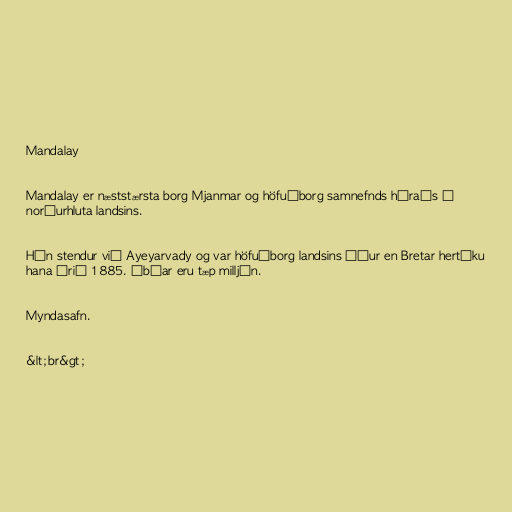
Mandalay

Mandalay er næststærsta borg Mjanmar og höfuðborg samnefnds héraðs í
norðurhluta landsins.

Hún stendur við Ayeyarvady og var höfuðborg landsins áður en Bretar hertóku
hana árið 1885. Íbúar eru tæp milljón.

Myndasafn.

&lt;br&gt;